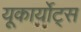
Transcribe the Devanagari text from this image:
यूकार्योट्स